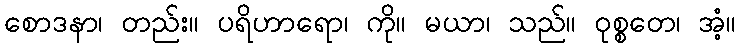
စောဒနာ၊ တည်း။ ပရိဟာရော၊ ကို။ မယာ၊ သည်။ ဝုစ္စတေ၊ အံ့။